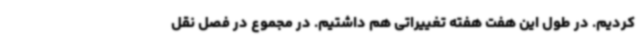
کردیم. در طول این هفت هفته تغییراتی هم داشتیم. در مجموع در فصل نقل